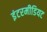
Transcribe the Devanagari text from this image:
इंटरमीडियट